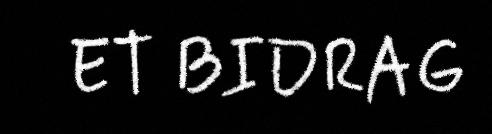
ET BIDRAG